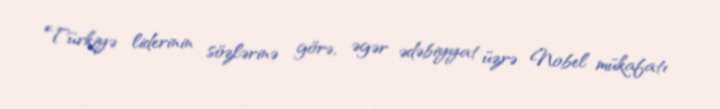
Türkiyə liderinin sözlərinə görə, əgər ədəbiyyat üzrə Nobel mükafatı